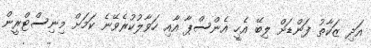
އަދި ޒަކާތު ފަންޑަށް ލިބޭ އެހީ އެންސްޕާ އާއި ހަވާލުކުރެވޭނެ ކަމަށް މިނިސްޓްރީން